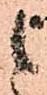
候